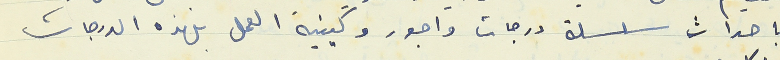
باحداث سلسلة درجات واجور وكيفية العمل بهذه الدرجات